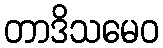
တာဒိသမေဝ